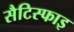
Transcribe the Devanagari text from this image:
सैटिस्फाइ